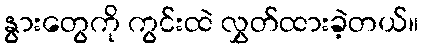
နွားတွေကို ကွင်းထဲ လွှတ်ထားခဲ့တယ်။